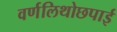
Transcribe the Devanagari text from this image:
वर्णलिथोछपाई